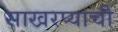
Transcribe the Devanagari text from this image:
साखरप्याची